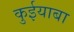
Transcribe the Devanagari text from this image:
कुईयाबा